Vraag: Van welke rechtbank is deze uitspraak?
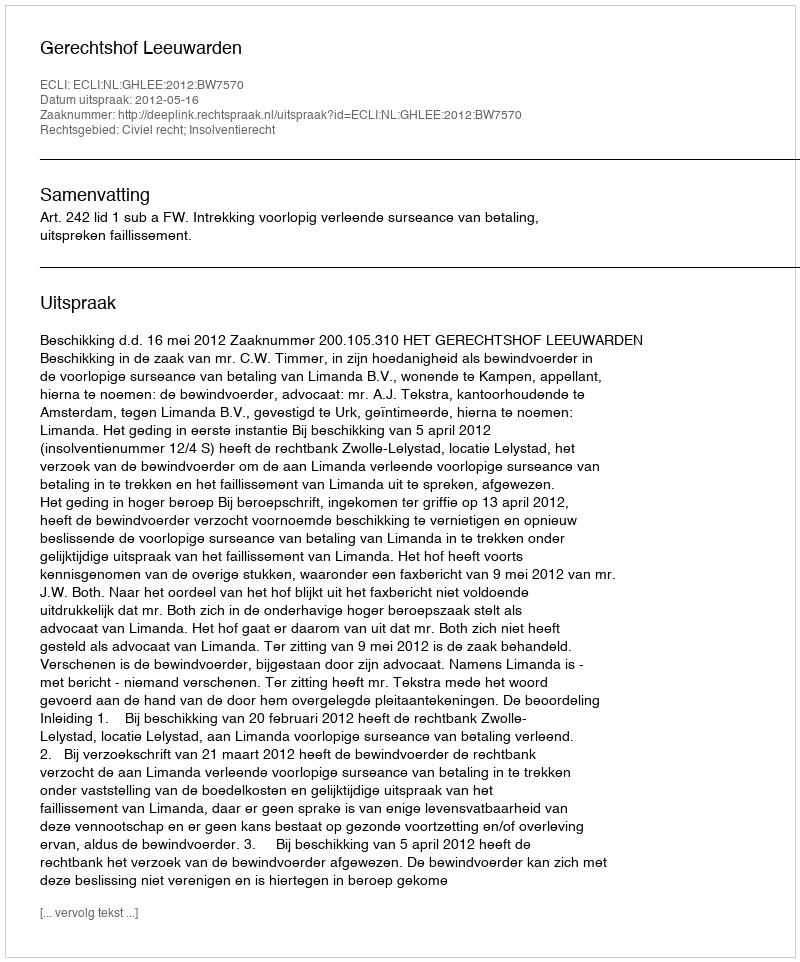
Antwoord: Gerechtshof Leeuwarden